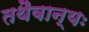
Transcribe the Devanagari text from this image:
तथैवान्यः